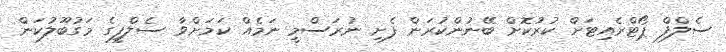
ސެލްފް ޕޯޓްރެއިޓަށް ކުރުކޮށް ބޭނުންކުރަން ފެށި ނުރަސްމީ ނަމެއް ކަމަށްވާ ސެލްފީގެ މަގުބޫލުކަން